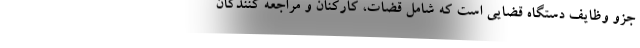
جزو وظایف دستگاه قضایی است که شامل قضات، کارکنان و مراجعه کنندگان